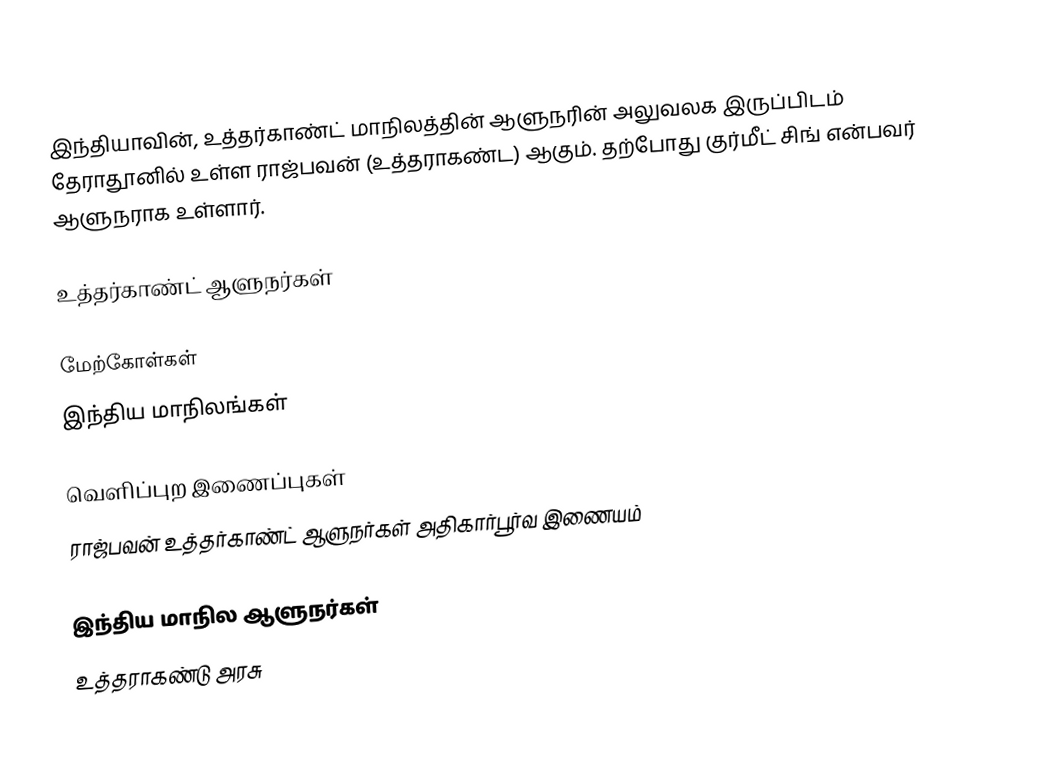
இந்தியாவின், உத்தர்காண்ட் மாநிலத்தின் ஆளுநரின் அலுவலக இருப்பிடம் தேராதூனில் உள்ள ராஜ்பவன் (உத்தராகண்ட) ஆகும். தற்போது குர்மீட் சிங் என்பவர் ஆளுநராக உள்ளார்.

உத்தர்காண்ட் ஆளுநர்கள்

மேற்கோள்கள்
 இந்திய மாநிலங்கள்

வெளிப்புற இணைப்புகள்
 ராஜ்பவன் உத்தர்காண்ட் ஆளுநர்கள் அதிகார்பூர்வ இணையம்

இந்திய மாநில ஆளுநர்கள்
உத்தராகண்டு அரசு